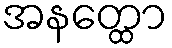
အနတ္ထော